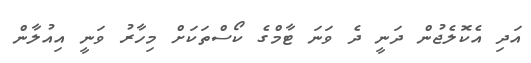
އަދި އެކޮލެޖުން ދަނީ ދެ ވަނަ ޓާމްގެ ކޯސްތަކަށް މިހާރު ވަނީ އިއުލާން